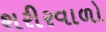
શરીરવાળો